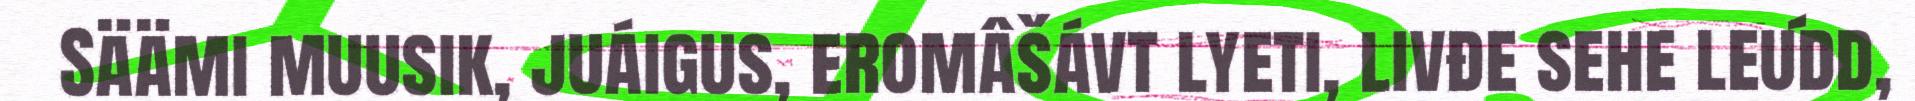
Säämi muusik, juáigus, eromâšávt lyeti, livđe sehe leu´dd,